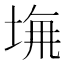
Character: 𡌖